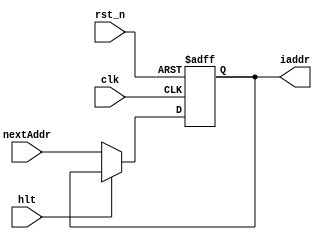
module PC(clk, rst_n, hlt, iaddr, nextAddr);
  
	input [15:0] nextAddr;
  input clk, rst_n, hlt;
  output reg [15:0] iaddr;

  always @(posedge clk or negedge rst_n)
    if(!rst_n)
      iaddr <= 16'h0000;
    else if (!hlt)
      iaddr <= nextAddr;
	 	else
			iaddr <= iaddr;
endmodule